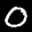
Label: 0